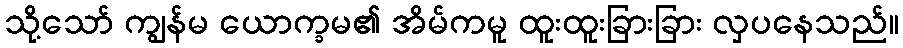
သို့သော် ကျွန်မ ယောက္ခမ၏ အိမ်ကမူ ထူးထူးခြားခြား လှပနေသည်။